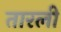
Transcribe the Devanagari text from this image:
तारली